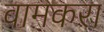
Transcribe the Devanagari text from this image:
वामकरा